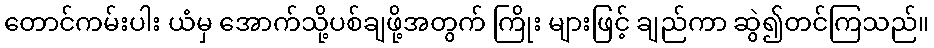
တောင်ကမ်းပါး ယံမှ အောက်သို့ပစ်ချဖို့အတွက် ကြိုး များဖြင့် ချည်ကာ ဆွဲ၍တင်ကြသည်။